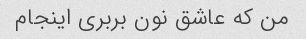
من که عاشق نون بربری اینجام